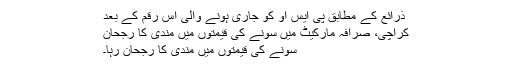
ذرائع کے مطابق پی ایس او کو جاری ہونے والی اس رقم کے بعد
کراچی، صرافہ مارکیٹ میں سونے کی قیمتوں میں مندی کا رجحان
سونے کی قیمتوں میں مندی کا رجحان رہا۔